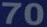
70